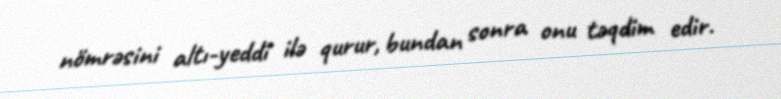
nömrəsini altı-yeddi ilə qurur, bundan sonra onu təqdim edir.